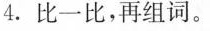
4.比一比，再组词。